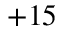
+ 1 5